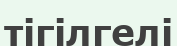
тігілгелі